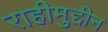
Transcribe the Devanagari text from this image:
राहीमुद्दीन